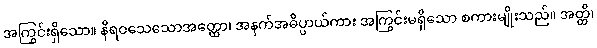
အကြွင်းရှိသော။ နိရဝသေသောအတ္ထော၊ အနက်အဓိပ္ပာယ်ကား အကြွင်းမရှိသော စကားမျိုးသည်။ အတ္ထိ၊